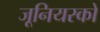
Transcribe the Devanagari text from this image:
जूनियरको